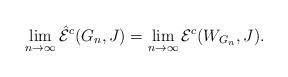
LaTeX: \begin{align*}\lim_{n \to \infty} \hat{\mathcal{E}}^c(G_n,J) =\lim_{n \to \infty} \mathcal{E}^c(W_{G_n},J). \end{align*}